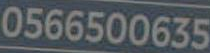
0566500635